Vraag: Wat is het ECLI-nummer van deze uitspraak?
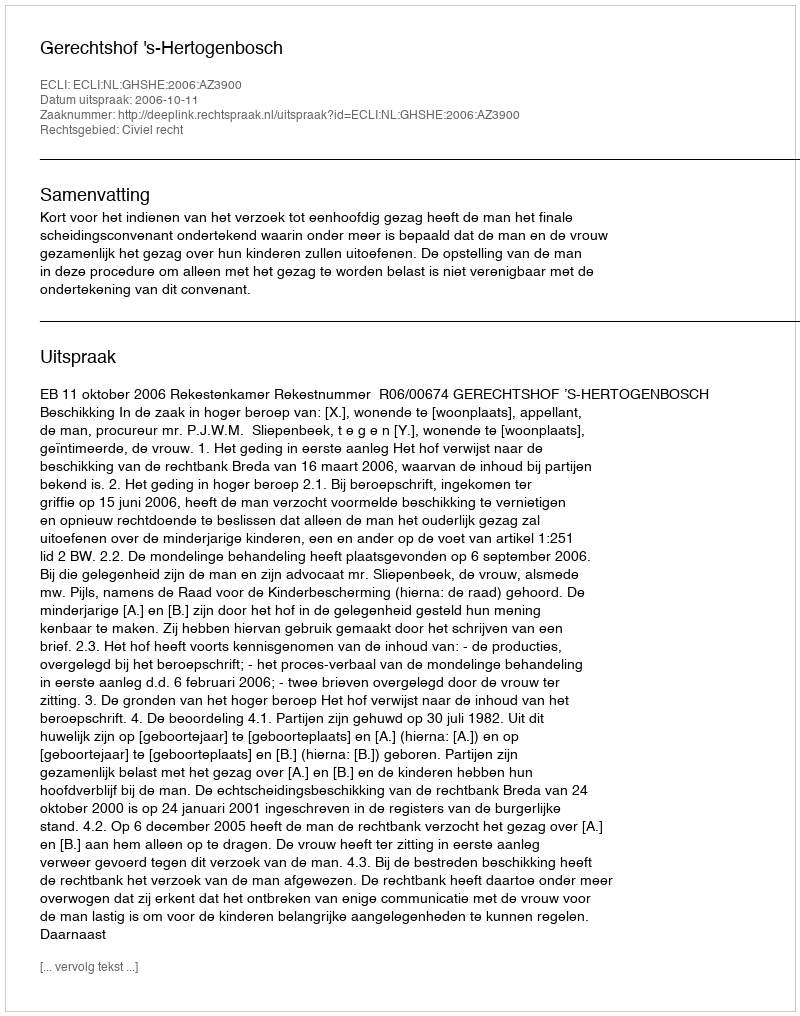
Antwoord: ECLI:NL:GHSHE:2006:AZ3900